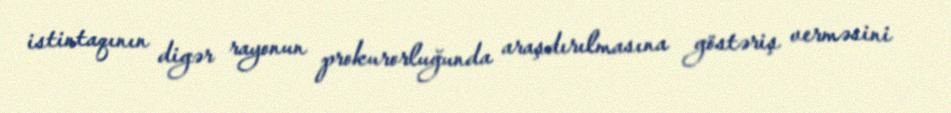
istintaqının digər rayonun prokurorluğunda araşdırılmasına göstəriş verməsini